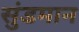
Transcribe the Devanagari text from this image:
सुंडमान